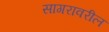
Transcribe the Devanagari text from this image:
सागरावरील